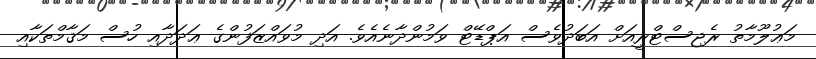
މަޢުލޫމާތު ރެޖިސްޓްރީއަށް އަބަދުވެސް އަޕްޑޭޓް ވަމުންދާނެއެވެ. އަދި މުވައްޒަފުންގެ ޢަދަދާއި ހުސް މަޤާމްތަކާއި